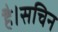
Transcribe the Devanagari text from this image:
है।सचिन